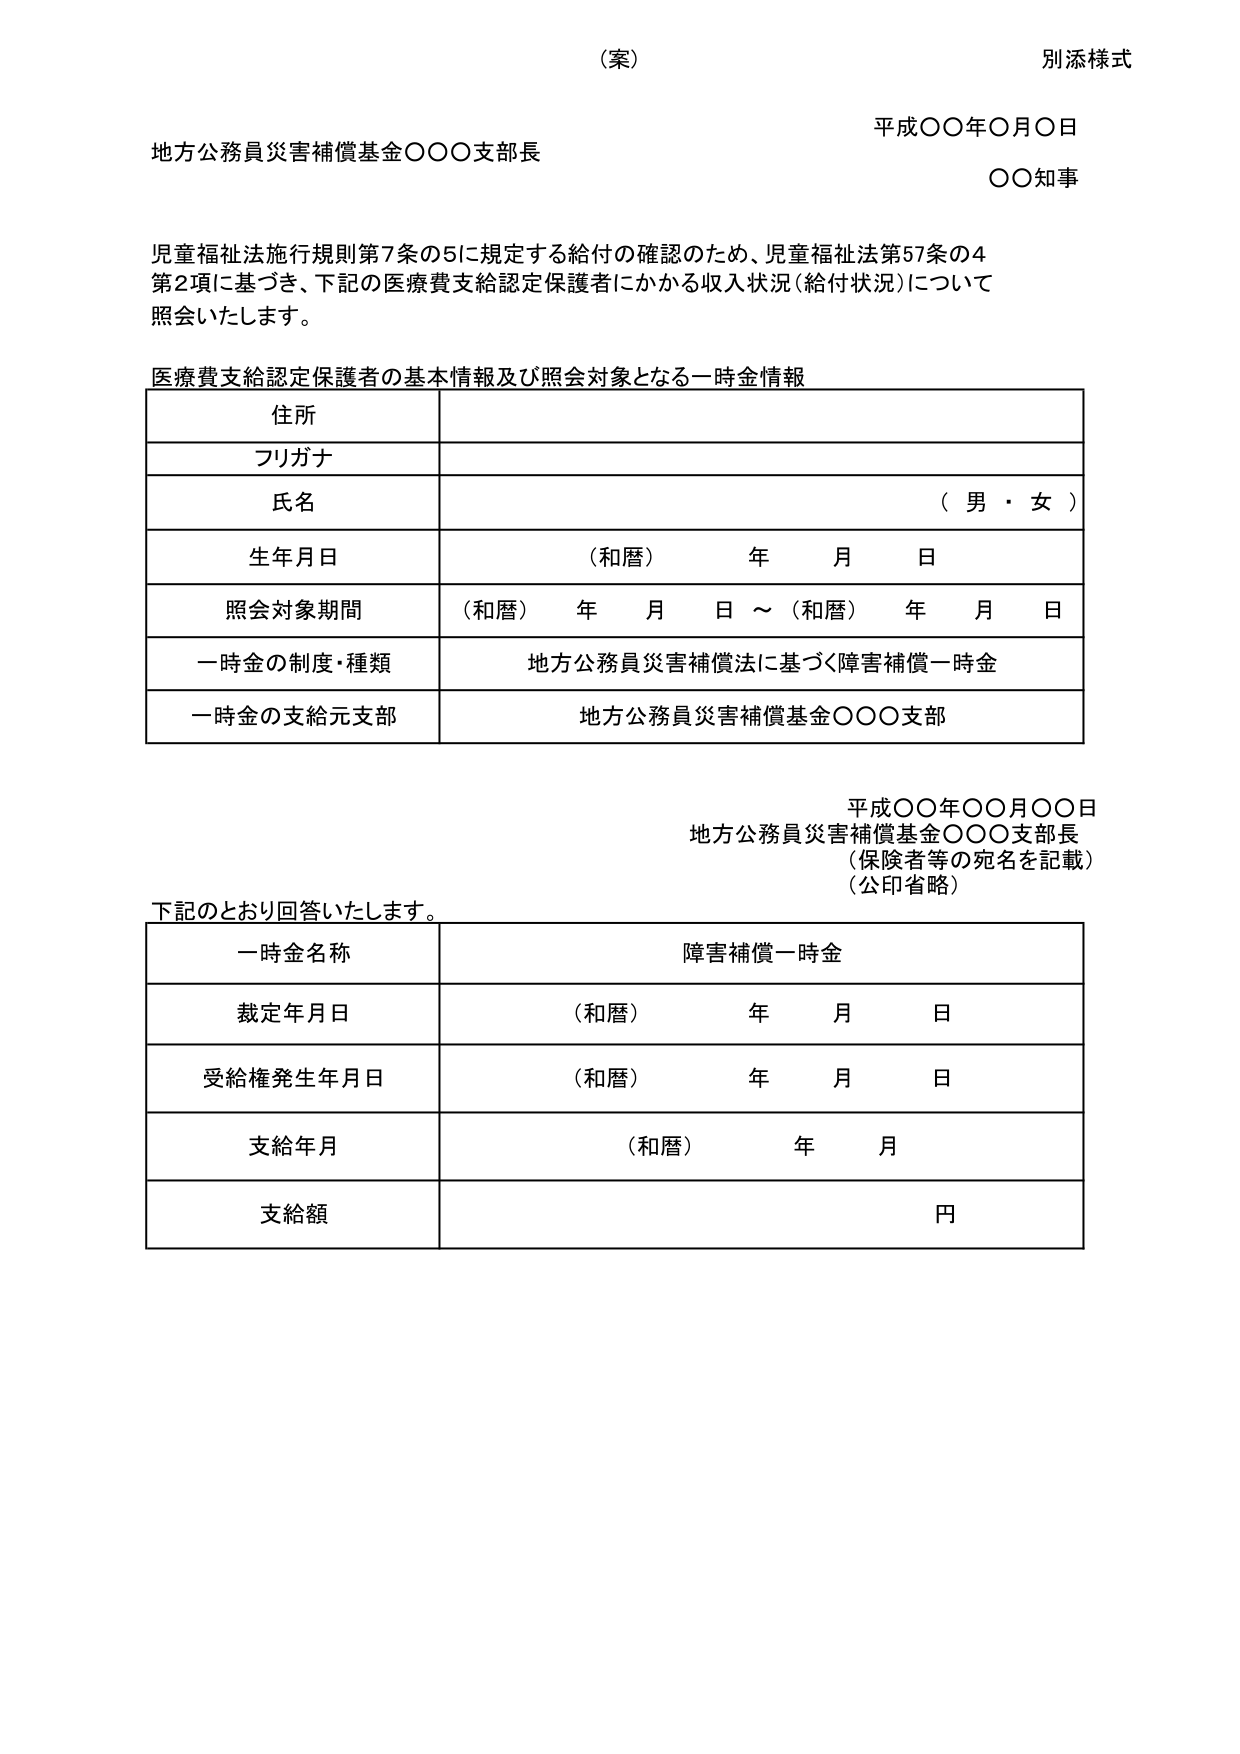
（案）
別添様式

平成〇〇年〇月〇日
地方公務員災害補償基金〇〇〇支部長
〇〇知事

児童福祉法施行規則第7条の5に規定する給付の確認のため、児童福祉法第57条の4
第2項に基づき、下記の医療費支給認定保護者にかかる収入状況（給付状況）について
照会いたします。

医療費支給認定保護者の基本情報及び照会対象となる一時金情報

| 住所 |
|------|
| フリガナ |
| 氏名 | （男・女） |
| 生年月日 | （和暦） 年 月 日 |
| 照会対象期間 | （和暦） 年 月 日 ～ （和暦） 年 月 日 |
| 一時金の制度・種類 | 地方公務員災害補償法に基づく障害補償一時金 |
| 一時金の支給元支部 | 地方公務員災害補償基金〇〇〇支部 |

平成〇〇年〇〇月〇〇日
地方公務員災害補償基金〇〇〇支部長
（保険者等の宛名を記載）
（公印省略）

下記のとおり回答いたします。

| 一時金名称 | 障害補償一時金 |
|------------|----------------|
| 裁定年月日 | （和暦） 年 月 日 |
| 受給権発生年月日 | （和暦） 年 月 日 |
| 支給年月 | （和暦） 年 月 |
| 支給額 | 円 |